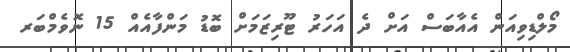
މޯލްޑިވިއަން އެއާބަސް އަށް ދެ އަހަރު ޓޫރިޒަމަށް ބޮޑު މަންފާއެއް 15 ނޮވެމްބަރ